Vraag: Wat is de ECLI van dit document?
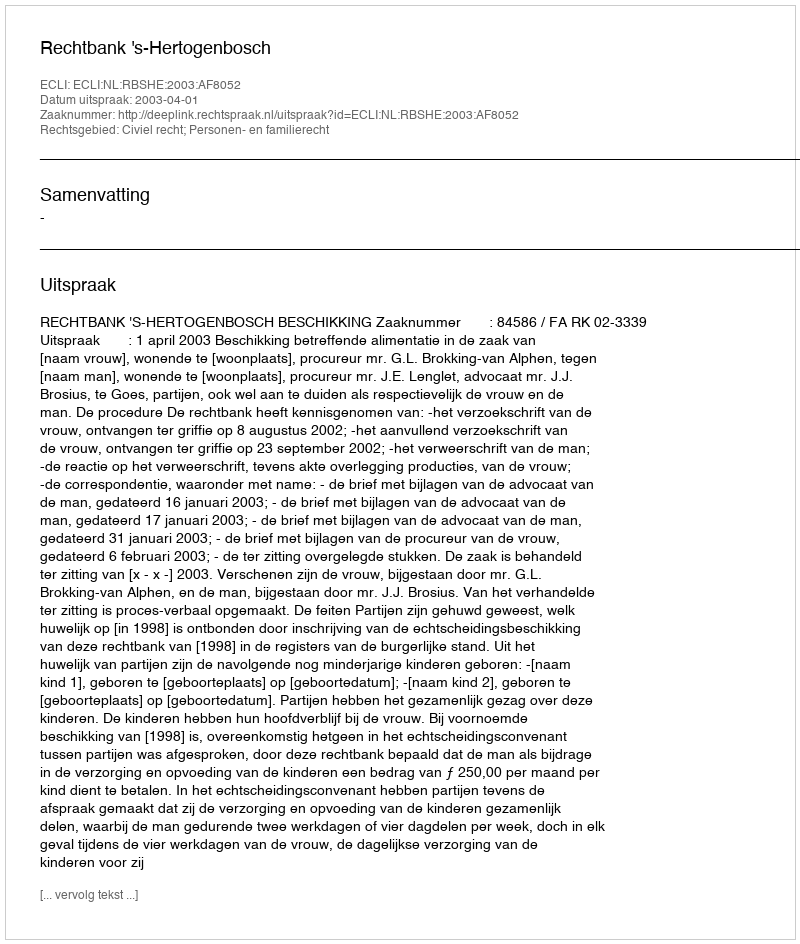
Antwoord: ECLI:NL:RBSHE:2003:AF8052